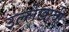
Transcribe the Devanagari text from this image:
उल्लेखाची